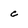
Character: c